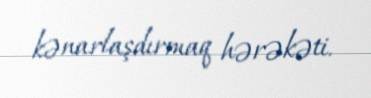
kənarlaşdırmaq hərəkəti.